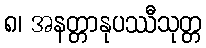
၈၊ အနတ္တာနုပဿီသုတ္တ